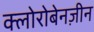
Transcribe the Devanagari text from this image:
क्लोरोबेनज़ीन